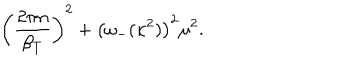
\left( \frac { 2 \pi n } { \beta _ { T } } \right) ^ { 2 } + \left( \omega _ { - } ( \kappa ^ { 2 } ) \right) ^ { 2 } \mu ^ { 2 } .